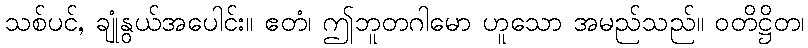
သစ်ပင်, ချုံနွယ်အပေါင်း။ ဧတံ၊ ဤဘူတဂါမော ဟူသော အမည်သည်။ ဝတိဋ္ဌိတ၊